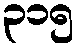
၃၁၅